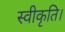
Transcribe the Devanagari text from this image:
स्वीकृति।